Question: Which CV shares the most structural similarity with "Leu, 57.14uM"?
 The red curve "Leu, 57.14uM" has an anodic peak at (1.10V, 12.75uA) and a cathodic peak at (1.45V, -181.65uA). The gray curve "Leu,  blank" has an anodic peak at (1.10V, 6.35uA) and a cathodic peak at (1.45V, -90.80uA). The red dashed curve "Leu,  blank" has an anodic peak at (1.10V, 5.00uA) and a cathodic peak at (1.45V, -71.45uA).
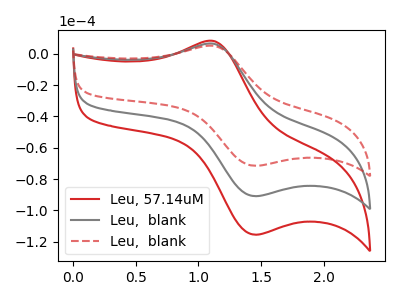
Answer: <think>All the peaks in "Leu, 57.14uM" have a peak in "Leu,  blank" at the same potential. Every peak in "Leu, 57.14uM" is higher than every peak in "Leu,  blank". All the peaks in "Leu, 57.14uM" have a peak in "Leu,  blank" at the same potential. Every peak in "Leu, 57.14uM" is higher than every peak in "Leu,  blank". All the peaks in "Leu,  blank" have a peak in "Leu,  blank" at the same potential. Every peak in "Leu,  blank" is higher than every peak in "Leu,  blank".
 </think>
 <answer>"Leu, 57.14uM" and "Leu,  blank" have a similar shape to "Leu,  blank".</answer>
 <eval>"Leu, 57.14uM" "Leu,  blank"</eval>